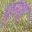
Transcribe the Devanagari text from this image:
धुनश्